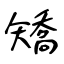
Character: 矯